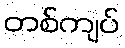
တစ်ကျပ်